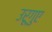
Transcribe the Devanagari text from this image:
उरूगुए